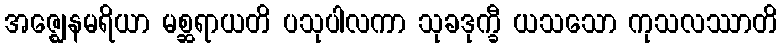
အဇ္ဈေနမရိယာ မစ္ဆရာယတိ ပသုပါလကာ သုခဒုက္ခီ ယသသော ကုသလဿာတိ